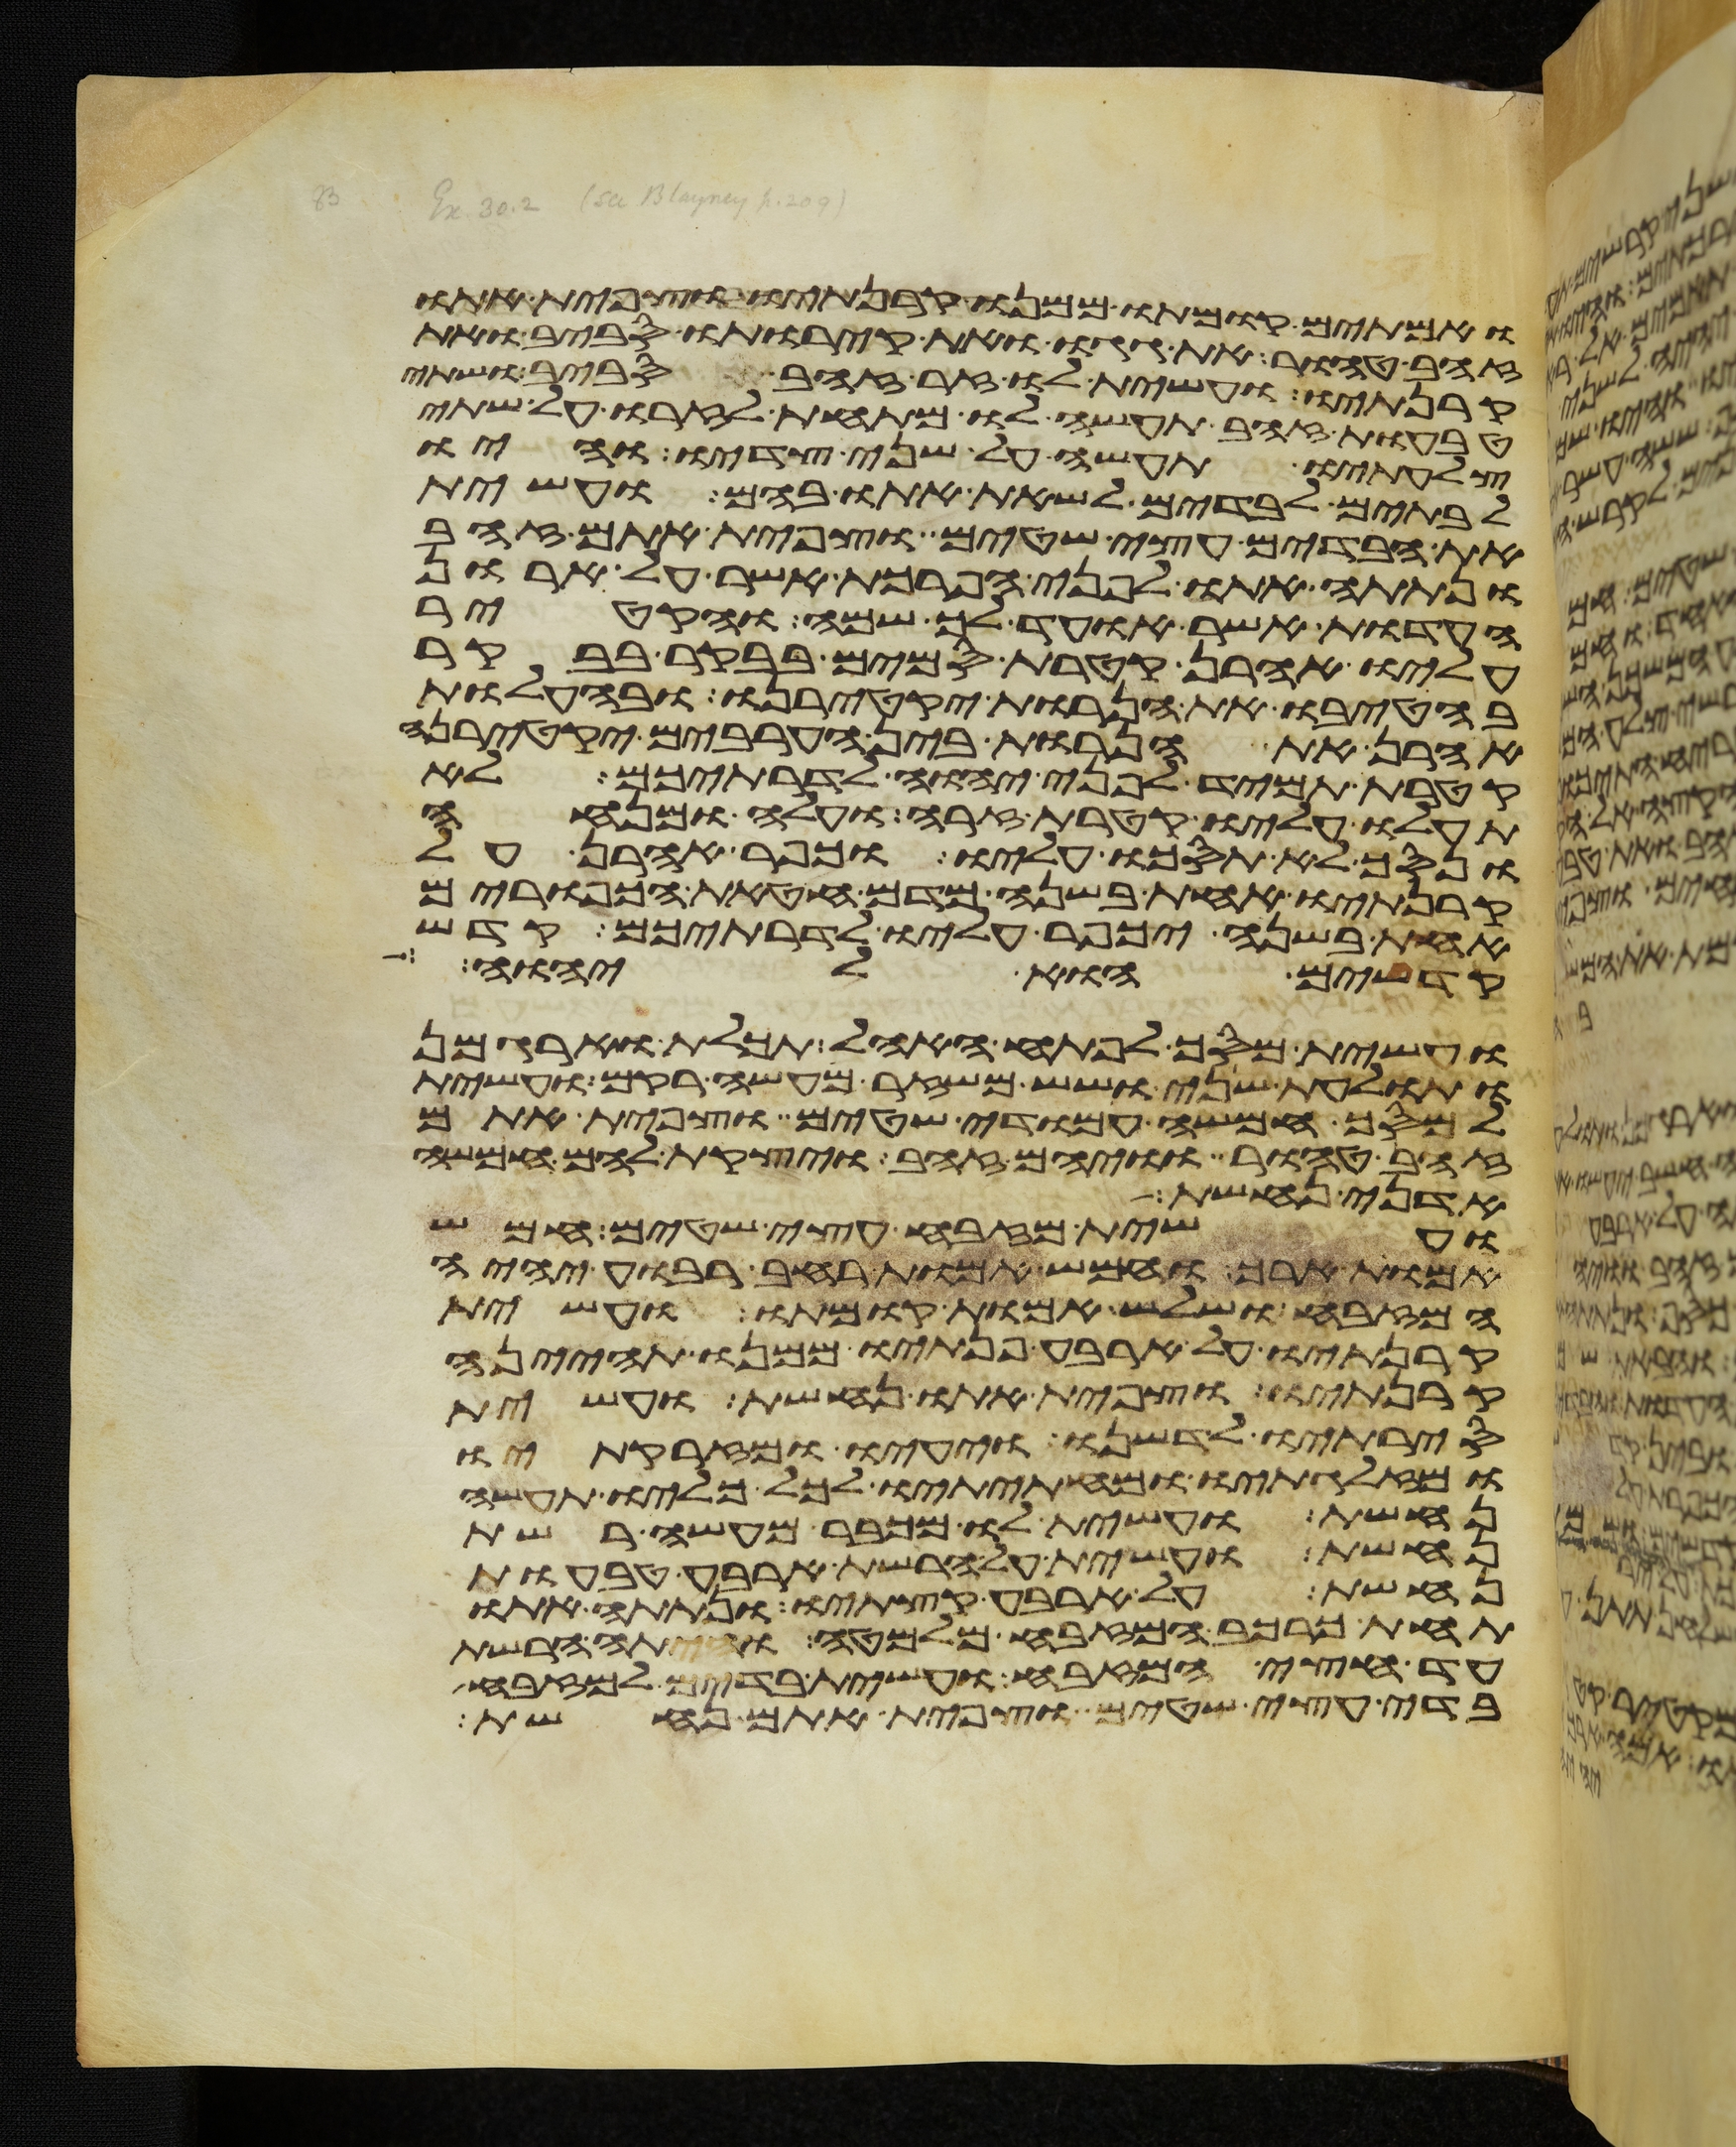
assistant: ואמתים קומתו ממנו קרנתיו וצפית אתו
זהב טהור את גגו ואת קירתיו סביב ואת
קרנתיו ועשית לו זר זהב סביב ושתי
טבעות זהב תעשה לו מתחת לזרו על שתי
צלעתיו תעשה על שני צדיו והיו
לבתים לבדים לשאת אתו בהם ועשית
את הבדים עצי שטים וצפית אתם זהב
ונתתה אתו לפני הפרכת אשר על ארון
העדות אשר אועד לך שמה והקטיר
עליו אהרן קטרת סמים בבקר בבקר
בהטיבו את הנרות יקטירנו ובהעלות
אהרן את הנרות בין הערבים יקטירנה
קטרת תמיד לפני יהוה לדרתיכם לא
תעלו עליו קטרת זרה ועלה ומנחה
ונסך לא תסכו עליו וכפר אהרן על
קרנתיו אחת בשנה מדם חטאת הכפורים
אחת בשנה יכפר עליו לדרתיכם קדש
קדשים הוא ליהוה
ועשית מסך לפתח האהל תכלת וארגמן
ותולעת שני ושש משזר מעשה רקם ועשית
למסך חמשה עמודי שטים וצפית אתם
זהב טהור וויהם זהב ויצקת להם חמשה
אדני נחשת
ועשית מזבח עצי שטים חמש
אמות ארך וחמש אמות רחב רבוע יהיה
המזבח ושלש אמות קומתו ועשית
קרנתיו על ארבע פנתיו ממנו תהינה
קרנתיו וצפית אתו נחשת ועשית
סירתיו לדשנו ויעיו ומזרקתיו
ומזלגתיו ומחתיתיו לכל כליו תעשה
נחשת ועשית לו מכבר מעשה רשת
נחשת ועשית על הרשת ארבע טבעות
נחשת על ארבע קצתיו ונתתה אתו
תחת כרכב המזבח מלמטה והיתה הרשת
עד חצי המזבח ועשית בדים למזבח
בדי עצי שטים וצפית אתם נחשת